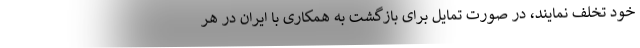
خود تخلف نمایند، در صورت تمایل برای بازگشت به همکاری با ایران در هر